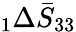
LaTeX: \phantom{}_{1}\Delta\bar{S}_{33}